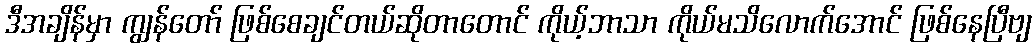
ဒီအချိန်မှာ ကျွန်တော် ဖြစ်စေချင်တယ်ဆိုတာတောင် ကိုယ့်ဘာသာ ကိုယ်မသိလောက်အောင် ဖြစ်နေပြီဗျ